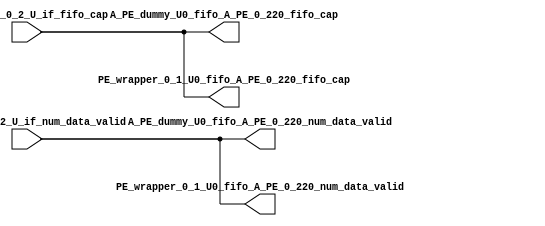
// ==================================================
// RTL generated by RapidStream
//
// Copyright 2024 RapidStream Design Automation, Inc.
// All Rights Reserved.
// ==================================================
`timescale 1 ns / 1 ps
module __rs_kernel3_aux_split_aux_41 #(
    parameter C_S_AXI_CONTROL_DATA_WIDTH  = 32,
    parameter C_S_AXI_CONTROL_ADDR_WIDTH  = 6,
    parameter C_S_AXI_DATA_WIDTH          = 32,
    parameter C_M_AXI_GMEM_A_ID_WIDTH     = 1,
    parameter C_M_AXI_GMEM_A_ADDR_WIDTH   = 64,
    parameter C_M_AXI_GMEM_A_DATA_WIDTH   = 512,
    parameter C_M_AXI_GMEM_A_AWUSER_WIDTH = 1,
    parameter C_M_AXI_GMEM_A_ARUSER_WIDTH = 1,
    parameter C_M_AXI_GMEM_A_WUSER_WIDTH  = 1,
    parameter C_M_AXI_GMEM_A_RUSER_WIDTH  = 1,
    parameter C_M_AXI_GMEM_A_BUSER_WIDTH  = 1,
    parameter C_M_AXI_GMEM_A_USER_VALUE   = 0,
    parameter C_M_AXI_GMEM_A_PROT_VALUE   = 0,
    parameter C_M_AXI_GMEM_A_CACHE_VALUE  = 3,
    parameter C_M_AXI_DATA_WIDTH          = 32,
    parameter C_M_AXI_GMEM_B_ID_WIDTH     = 1,
    parameter C_M_AXI_GMEM_B_ADDR_WIDTH   = 64,
    parameter C_M_AXI_GMEM_B_DATA_WIDTH   = 512,
    parameter C_M_AXI_GMEM_B_AWUSER_WIDTH = 1,
    parameter C_M_AXI_GMEM_B_ARUSER_WIDTH = 1,
    parameter C_M_AXI_GMEM_B_WUSER_WIDTH  = 1,
    parameter C_M_AXI_GMEM_B_RUSER_WIDTH  = 1,
    parameter C_M_AXI_GMEM_B_BUSER_WIDTH  = 1,
    parameter C_M_AXI_GMEM_B_USER_VALUE   = 0,
    parameter C_M_AXI_GMEM_B_PROT_VALUE   = 0,
    parameter C_M_AXI_GMEM_B_CACHE_VALUE  = 3,
    parameter C_M_AXI_GMEM_C_ID_WIDTH     = 1,
    parameter C_M_AXI_GMEM_C_ADDR_WIDTH   = 64,
    parameter C_M_AXI_GMEM_C_DATA_WIDTH   = 512,
    parameter C_M_AXI_GMEM_C_AWUSER_WIDTH = 1,
    parameter C_M_AXI_GMEM_C_ARUSER_WIDTH = 1,
    parameter C_M_AXI_GMEM_C_WUSER_WIDTH  = 1,
    parameter C_M_AXI_GMEM_C_RUSER_WIDTH  = 1,
    parameter C_M_AXI_GMEM_C_BUSER_WIDTH  = 1,
    parameter C_M_AXI_GMEM_C_USER_VALUE   = 0,
    parameter C_M_AXI_GMEM_C_PROT_VALUE   = 0,
    parameter C_M_AXI_GMEM_C_CACHE_VALUE  = 3,
    parameter C_S_AXI_CONTROL_WSTRB_WIDTH = 4,
    parameter C_S_AXI_WSTRB_WIDTH         = 4,
    parameter C_M_AXI_GMEM_A_WSTRB_WIDTH  = 64,
    parameter C_M_AXI_WSTRB_WIDTH         = 4,
    parameter C_M_AXI_GMEM_B_WSTRB_WIDTH  = 64,
    parameter C_M_AXI_GMEM_C_WSTRB_WIDTH  = 64
) (
    output wire [1:0] A_PE_dummy_U0_fifo_A_PE_0_220_fifo_cap,
    output wire [1:0] A_PE_dummy_U0_fifo_A_PE_0_220_num_data_valid,
    output wire [1:0] PE_wrapper_0_1_U0_fifo_A_PE_0_220_fifo_cap,
    output wire [1:0] PE_wrapper_0_1_U0_fifo_A_PE_0_220_num_data_valid,
    input wire  [1:0] fifo_A_PE_0_2_U_if_fifo_cap,
    input wire  [1:0] fifo_A_PE_0_2_U_if_num_data_valid
);
assign A_PE_dummy_U0_fifo_A_PE_0_220_fifo_cap = fifo_A_PE_0_2_U_if_fifo_cap;
assign A_PE_dummy_U0_fifo_A_PE_0_220_num_data_valid = fifo_A_PE_0_2_U_if_num_data_valid;
assign PE_wrapper_0_1_U0_fifo_A_PE_0_220_fifo_cap = fifo_A_PE_0_2_U_if_fifo_cap;
assign PE_wrapper_0_1_U0_fifo_A_PE_0_220_num_data_valid = fifo_A_PE_0_2_U_if_num_data_valid;
endmodule